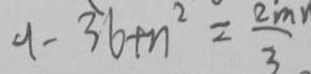
9 - 3 6 + n ^ { 2 } = \frac { 2 m n } { 3 }